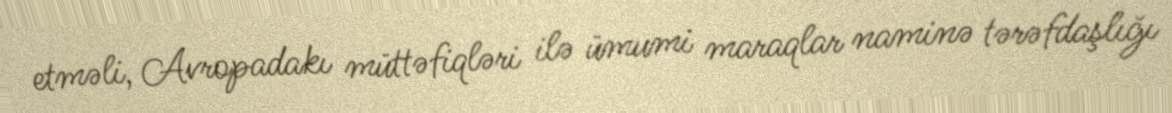
etməli, Avropadakı müttəfiqləri ilə ümumi maraqlar naminə tərəfdaşlığı